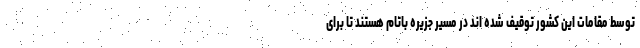
توسط مقامات این کشور توقیف شده اند در مسیر جزیره باتام هستند تا برای